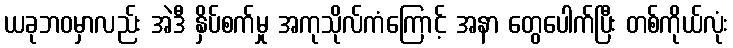
ယခုဘဝမှာလည်း အဲဒီ နှိပ်စက်မှု အကုသိုလ်ကံကြောင့် အနာ တွေပေါက်ပြီး တစ်ကိုယ်လုံး